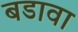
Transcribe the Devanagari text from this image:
बडावा